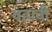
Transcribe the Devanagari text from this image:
वहावी